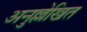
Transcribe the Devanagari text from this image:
अनुल्लेखित